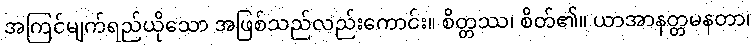
အကြင်မျက်ရည်ယိုသော အဖြစ်သည်လည်းကောင်း။ စိတ္တဿ၊ စိတ်၏။ ယာအာနတ္တမနတာ၊